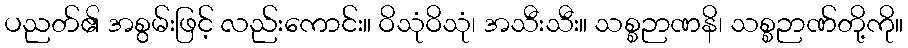
ပညတ်၏ အစွမ်းဖြင့် လည်းကောင်း။ ဝိသုံဝိသုံ၊ အသီးသီး။ သစ္စဉာဏနိ၊ သစ္စဉာဏ်တို့ကို။